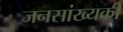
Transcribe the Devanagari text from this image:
जनसांख्यकी